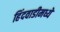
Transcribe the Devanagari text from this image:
हिंदवाडीमध्ये